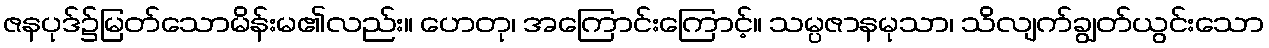
ဇနပုဒ်၌မြတ်သောမိန်းမ၏လည်း။ ဟေတု၊ အကြောင်းကြောင့်။ သမ္ပဇာနမုသာ၊ သိလျက်ချွတ်ယွင်းသော